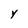
Character: Y